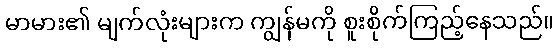
မာမား၏ မျက်လုံးများက ကျွန်မကို စူးစိုက်ကြည့်နေသည်။